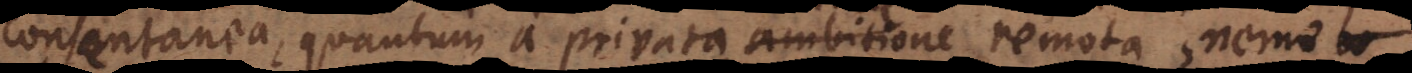
consentanea, quantum a privata ambitione remota, nemo